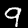
Digit: 9